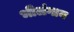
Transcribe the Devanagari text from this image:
भीलंगान